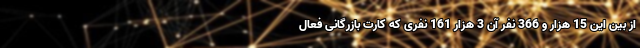
از بین این 15 هزار و 366 نفر آن 3 هزار 161 نفری که کارت بازرگانی فعال